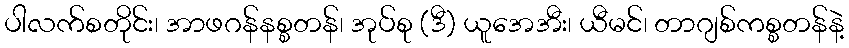
ပါလက်စတိုင်း၊ အာဖဂန်နစ္စတန်၊ အုပ်စု (ဒီ) ယူအေအီး၊ ယီမင်၊ တာဂျစ်ကစ္စတန်နဲ့